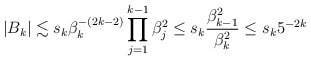
\begin{align*} |B_k|\lesssim s_k \beta_k^{-(2k-2)}\prod_{j=1}^{k-1}\beta_j^2 \le s_k\frac{\beta_{k-1}^2}{\beta_k^2}\le s_k5^{-2k}\end{align*}